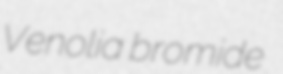
Venolia bromide